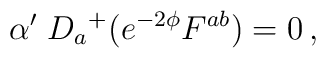
\alpha'  \; D_a{}^+ (e^{-2 \phi} F^{ab}) = 0 \, ,